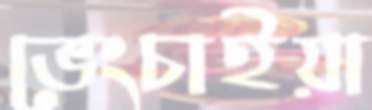
ভেংচাইয়া